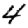
Digit: 4